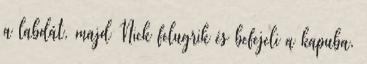
a labdát, majd Nick felugrik és befejeli a kapuba.